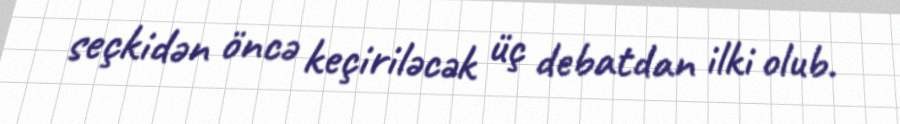
seçkidən öncə keçiriləcək üç debatdan ilki olub.